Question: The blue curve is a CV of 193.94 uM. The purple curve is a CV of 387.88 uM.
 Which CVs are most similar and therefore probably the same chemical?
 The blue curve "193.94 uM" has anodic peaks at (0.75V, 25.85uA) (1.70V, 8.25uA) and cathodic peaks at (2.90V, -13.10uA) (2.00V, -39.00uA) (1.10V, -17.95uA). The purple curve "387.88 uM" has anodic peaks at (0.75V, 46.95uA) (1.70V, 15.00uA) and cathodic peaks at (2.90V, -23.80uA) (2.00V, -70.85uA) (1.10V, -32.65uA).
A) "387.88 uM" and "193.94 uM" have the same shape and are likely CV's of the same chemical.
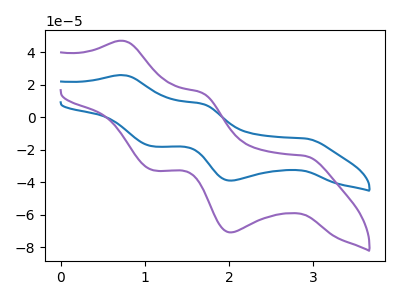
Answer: <think>All the peaks in "193.94 uM" have a peak in "387.88 uM" at the same potential. Every peak in "193.94 uM" is lower than every peak in "387.88 uM".
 </think>
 <answer>A) "387.88 uM" and "193.94 uM" have the same shape and are likely CV's of the same chemical.</answer>
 <eval>A</eval>